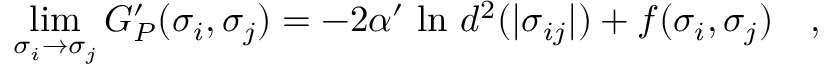
\operatorname * { l i m } _ { \sigma _ { i } \to \sigma _ { j } } G _ { P } ^ { \prime } ( \sigma _ { i } , \sigma _ { j } ) = - 2 \alpha ^ { \prime } ~ \mathrm { l n } ~ d ^ { 2 } ( | \sigma _ { i j } | ) + f ( \sigma _ { i } , \sigma _ { j } ) \quad ,